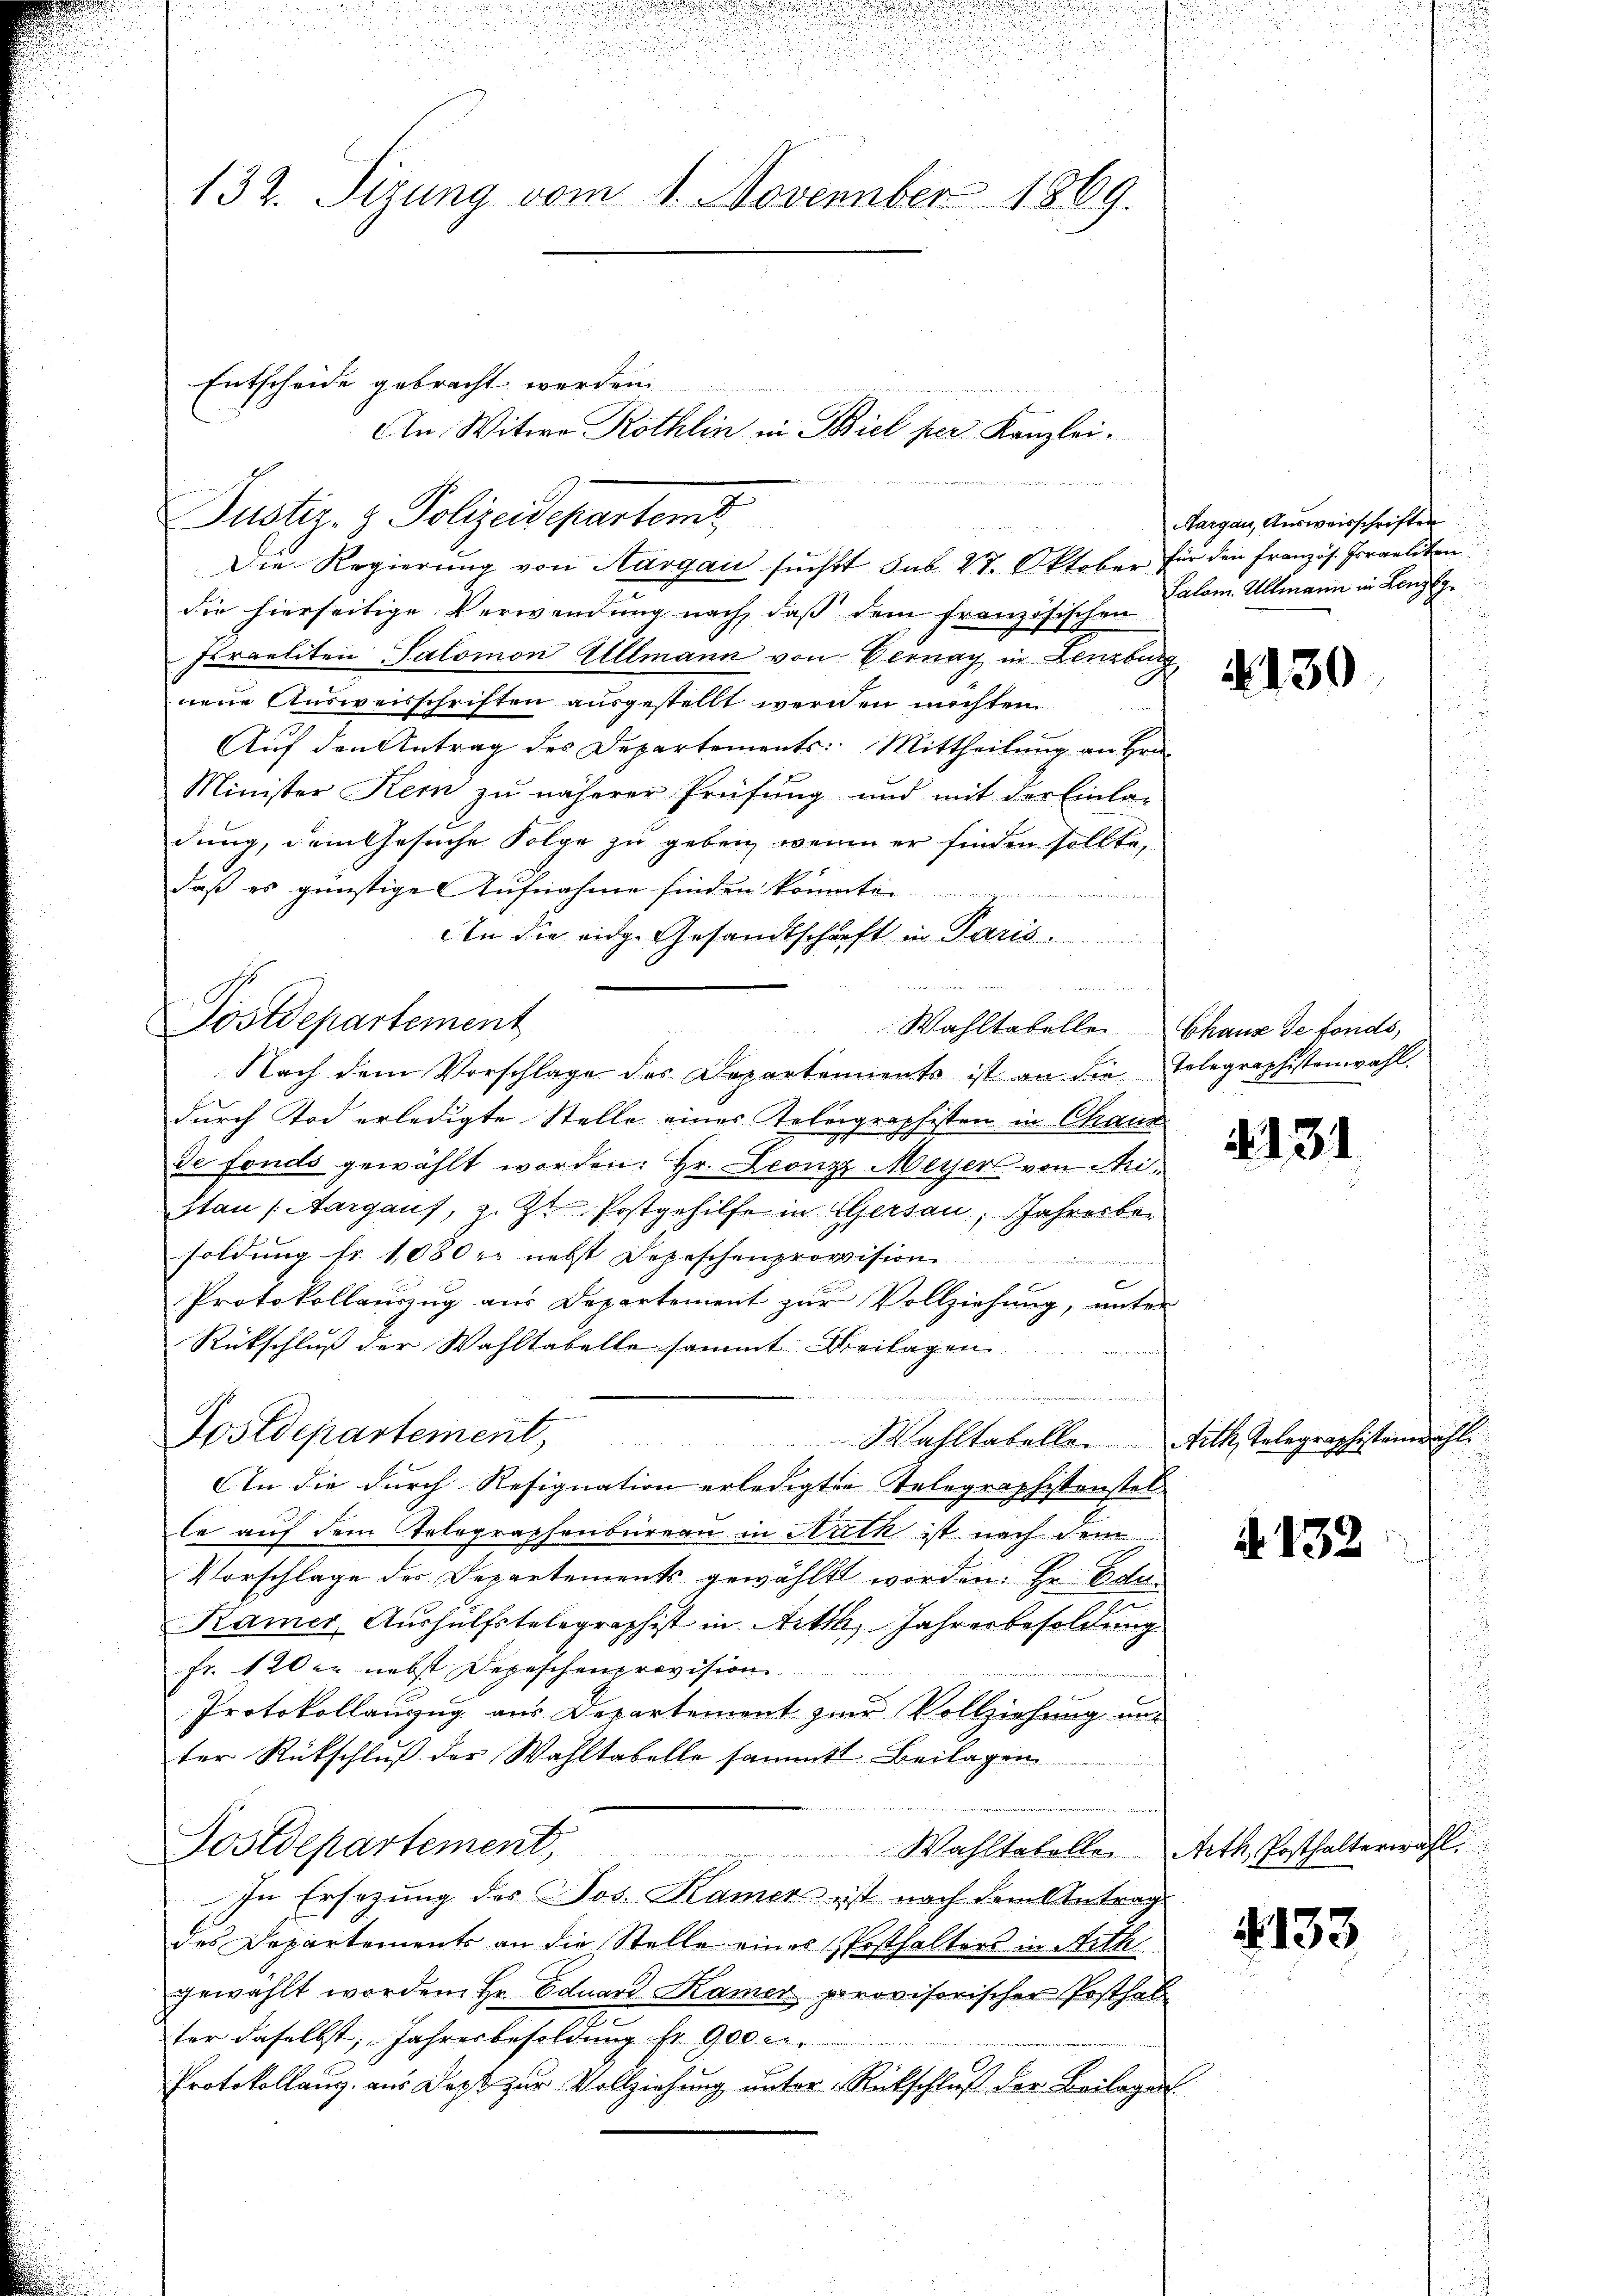
u

a
d
132. Sizung vom 1. November 1869.

Justiz- & Polizeidepartemt,

Entscheide gebracht werden

Postdepartement

An Witwe Rothlin in Biel per Kanzlei.

e
Die Regierung von Aargau sucht sub 27. Oktober für den Französ. Israeliten

die hierseitige Verwendung nach, daß dem französischen
Itraeliten Salomon Ullmann von Bernay in Lenzburg
nene Ausweisschriften ausgestellt werden möchten
Auf den Antrag des Departements Mittheilung an Hrn.
Minister Kern zu näherer Prüfung und mit der Einla-
dung, dem Gesuche Folge zu geben, wenn er finden sollte,
daß es günstige Aufnahme finden könnte.
e
An die eidge Gesandtschäft in Paris.
den ist     allen einen
Wahltabelle Chaux de fonds,
Nach dem Vorschlage des Departements ist an die Tolegraphistenwahl.
durch Tod erledigte Stelle eines Telegraphisten in Chanz
de fonds gewählt worden. Hr. Leonz Meyer von Mistau (Aargaus, z. Zt. Postgehilfe in Gersau, Jahresbe
soldung fr. 1080 r. nebst Depeschenprovision
b
e
Protokollauszug aus Departement zur Vollziehung, unter
Rückschluß der Wahltabelle sammt Beilagen
n
Postdepartement,
Wahltabello. Arth, Telegraphistenwahl
In die durch Resignation erledigten Telegraphistenstel
le auf dem Telegraphenbureau in Arth ist nach dem
Vorschlage des Departements gewählt worden. Hr. Edu¬
Kamer Aushülfstelegraphist in Artik, Jahresbesoldung
Fr. 120 er nebst Depeschenprovision

Protokollanzug aus Departement zur Vollziehung uns
ter Rückschlŭβ der Wahltabelle sammt Beilagen
Postdepartement, Wahltatelle Arth, Posthalterwähl
In Ersezung des Jos. Kamer ist nach dem Antrag
des Departements an die Stelle eines Posthalters in Arth
gewählt worden. Hr. Eduard Kamer provisorischer Posthal
ter daselbst, Jahresbesoldung fr. 900 er
Protokollaus, aus Dopt zur Vollziehung unter Rückschluß der Beilage

Margau, Ausweisschriften
Salom. Allmann in Lenzg
.

130

4131

§. 132

4133